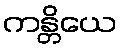
ကန္တိယေ